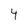
Character: 4